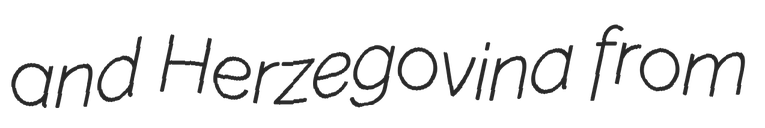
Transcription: and Herzegovina from